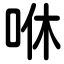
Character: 咻